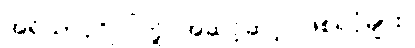
အရိယာပုဂ္ဂိုလ်တို့ အဆင့်ဆင့် ဖြစ်ရပုံများ။